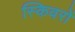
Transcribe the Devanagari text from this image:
स्किवरों